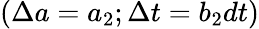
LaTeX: (\Delta a=a_{2};\Delta t=b_{2}dt)